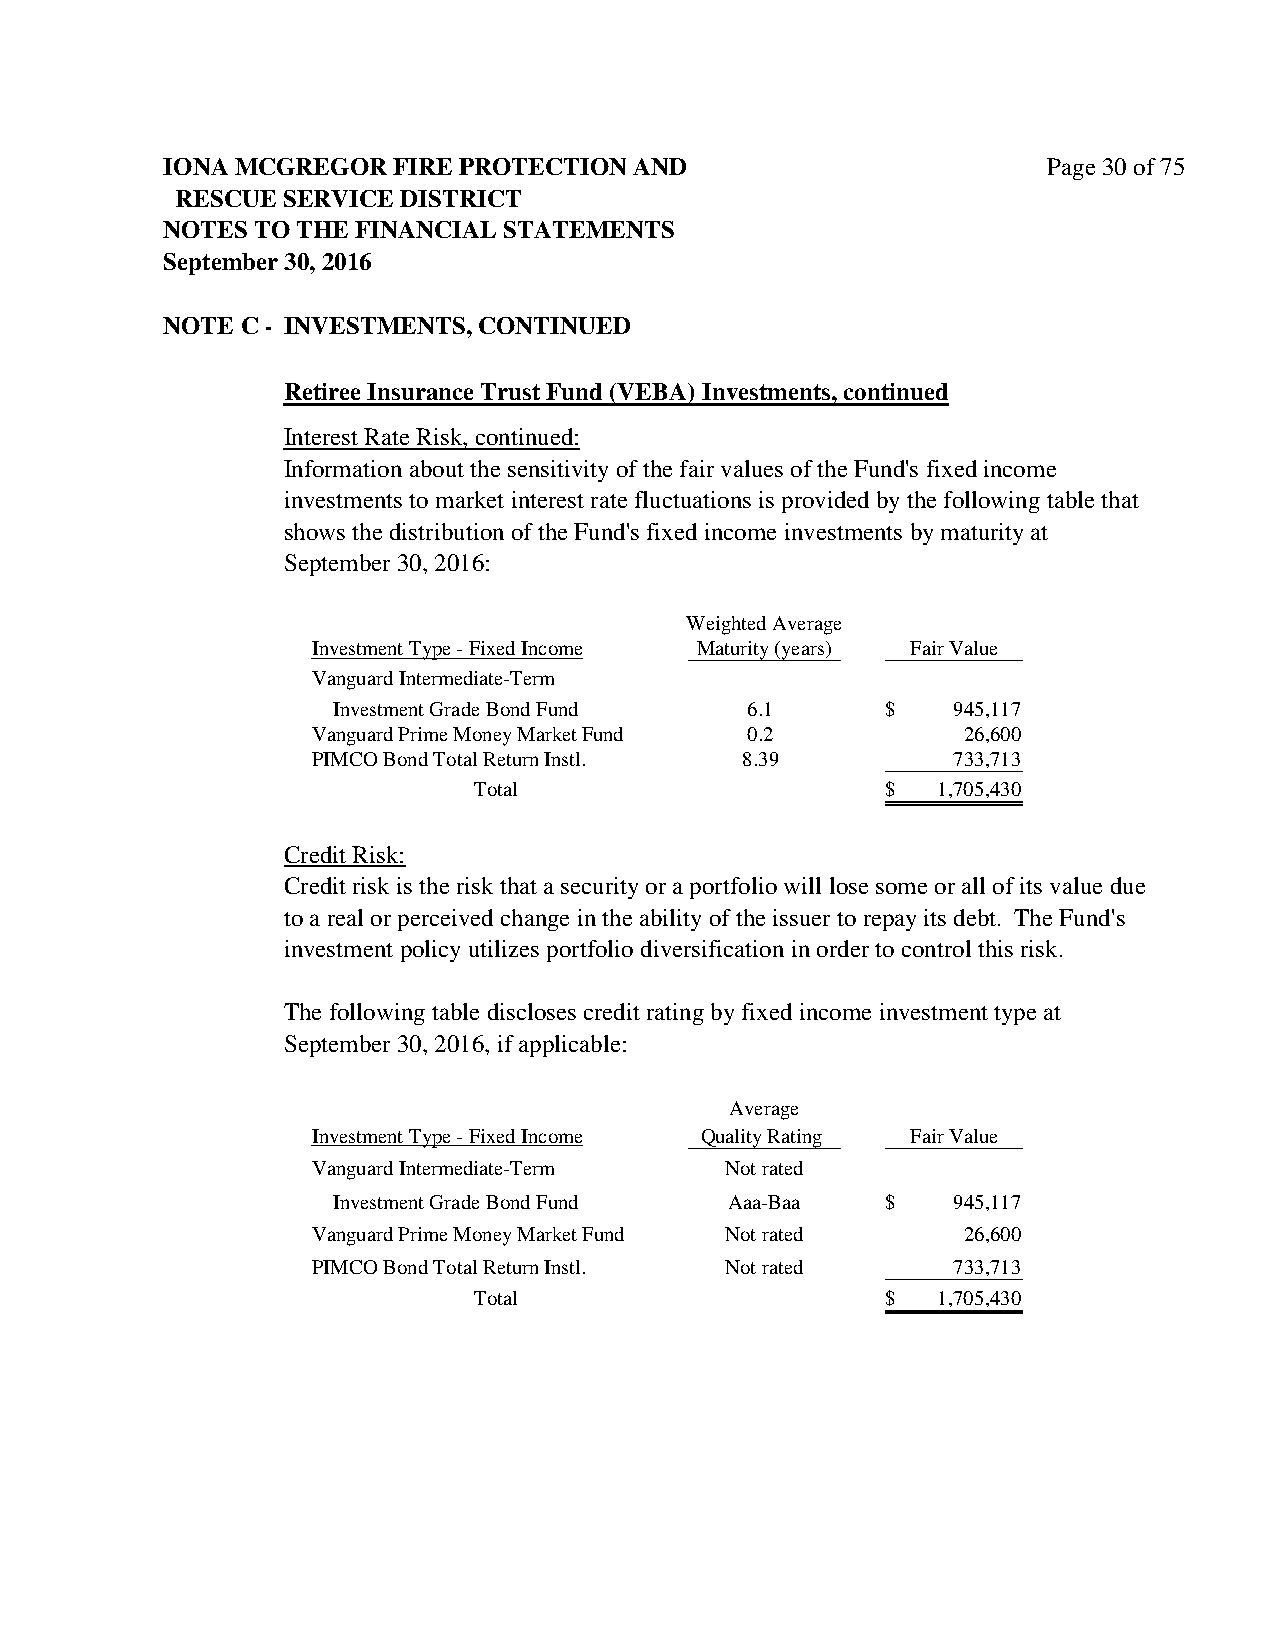
IONA MCGREGOR  FIRE PROTECTION AND                        Page 30 of 75
 RESCUE SERVICE DISTRICT
 NOTES TO THE FINANCIAL STATEMENTS
 September 30, 2016
 NOTE C - INVESTMENTS, CONTINUED
 Retiree Insurance Trust Fund (VEBA) Investments, continued
 Interest Rate Risk, continued:
 Information about the sensitivity of the fair values of the Fund's fixed income
 investments to market interest rate fluctuations is provided by the following table that
 shows the distribution of the Fund's fixed income investments by maturity at
 September 30, 2016:
 Weighted Average
 Investment Type - Fixed Income Maturity (years) Fair Value
 Vanguard Intermediate-Term
 Investment Grade Bond Fund  6.1      $   9 45,117
 Vanguard Prime Money Market Fund 0.2       2 6,600
 PIMCO Bond Total Return Instl. 8.39       7 33,713
 Total                       $  1 ,705,430
 Credit Risk:
 Credit risk is the risk that a security or a portfolio will lose some or all of its value due
 to a real or perceived change in the ability of the issuer to repay its debt. The Fund's
 investment policy utilizes portfolio diversification in order to control this risk.
 The following table discloses credit rating by fixed income investment type at
 September 30, 2016, if applicable:
 Average
 Investment Type - Fixed Income Quality Rating Fair Value
 Vanguard Intermediate-Term Not rated
 Investment Grade Bond Fund Aaa-Baa   $   9 45,117
 Vanguard Prime Money Market Fund Not rated 2 6,600
 PIMCO Bond Total Return Instl. Not rated  7 33,713
 Total                       $  1 ,705,430